Lunatic asylums Punjab 1895-1910 - 1895-1910
Year: 1895
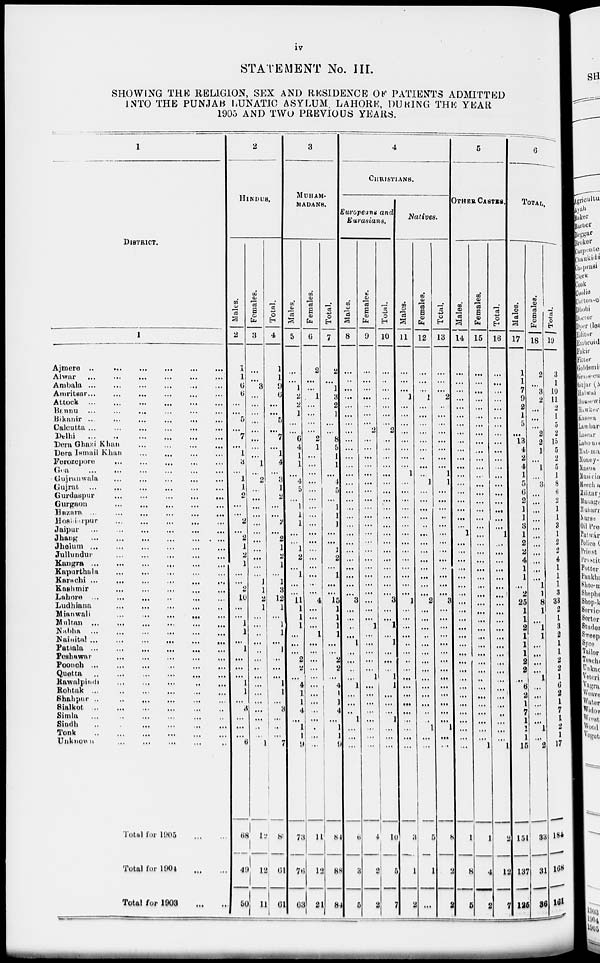
iv
STATEMENT No. III.
SHOWING THE RELIGION, SEX AND RESIDENCE OF PATIENTS ADMITTED
INTO THE PUNJAB LUNATIC ASYLUM, LAHORE, DURING THE YEAR
1905 AND TWO PREVIOUS YEARS.
1
DISTRICT.
1
Ajmere
...
...
...
...
...
...
Alwar
...
...
...
...
...
...
Ambala
...
...
...
...
...
...
Amritsar ... ... ... ... ... ...
Attock
...
...
...
...
...
...
Bannu
...
...
...
...
...
...
Bikanir
...
...
...
...
...
...
Calcutta
...
...
...
...
...
...
Delhi
...
...
...
...
...
...
Dera Ghazi Khan
...
...
...
...
Dera Ismail Khan
...
...
...
...
Ferozepore
...
...
...
...
...
Goa
...
...
...
...
...
...
Gujranwala
...
...
...
...
...
...
Gujrat
...
...
...
...
...
...
Gurdaspur
...
...
...
...
...
...
Gurgaon
...
...
...
...
...
...
Hazara
...
...
...
...
...
...
Hoshiarpur ... ... ... ... ... ...
Jaipur
...
...
...
...
...
...
Jhang
...
...
...
...
...
...
Jhelum
...
...
...
...
...
...
Jullundur
...
...
...
...
...
...
Kangra
...
...
...
...
...
...
Kapurthala
...
...
...
...
...
...
Karachi
...
...
...
...
...
...
Kashmir
...
...
...
...
...
...
Lahore
...
...
...
...
...
...
Ludhiana
...
...
...
...
...
...
Mian wali
...
...
...
...
...
...
Multan
...
...
...
...
...
...
Nabha
...
...
...
...
...
...
Nainital ... ... ... ... ... ...
Patiala
...
...
...
...
...
...
Peshawar
...
...
...
...
...
...
Poonch
...
...
...
...
...
...
Quetta
...
...
...
...
...
...
Rawalpindi
...
...
...
...
...
...
Rohtak
...
...
...
...
...
...
Shahpur
...
...
...
...
...
...
Sialkot
...
...
...
...
...
...
Simla
...
...
...
...
...
...
Sindh
...
...
...
...
...
...
Tonk
...
...
...
...
...
...
Unknown
...
...
...
...
...
...
Total for 1005
...
...
Total for 1004
...
...
Total for 1903 ... ...
2
HINDUS.
Males.
2
1
1
6
6
...
...
5
...
7
...
1
3
...
1
1
2
...
...
2
...
2
1
2
1
...
...
2
10
...
...
1
1
...
1
...
...
...
1
1
...
3
...
...
...
6
68
49
50
Females.
3
...
...
3
...
...
...
...
...
...
...
...
1
...
2
...
...
...
...
...
...
...
...
...
...
...
1
1
2
1
...
...
...
...
...
...
...
...
...
...
...
...
...
...
...
1
12
12
11
Total.
4
1
1
9
6
...
...
5
...
7
...
1
4
...
3
1
2
...
...
2
...
2
1
2
1
...
1
3
12
1
...
1
1
...
1
...
...
...
1
1
...
3
...
...
...
7
80
61
61
3
MUHAM-
MADANS.
Males.
5
...
...
1
2
2
1
...
...
6
4
1
1
...
4
5
...
1
1
1
...
...
1
2
...
1
...
...
11
1
1
1
...
...
...
2
2
...
4
1
1
4
...
1
1
9
73
76
63
Females.
6
2
...
...
1
...
...
...
...
2
1
...
...
...
...
...
...
...
...
...
...
...
...
...
...
...
...
...
4
...
...
...
1
...
...
...
...
...
...
...
...
...
...
1
1
...
11
12
21
Total.
7
2
...
1
3
2
1
...
..
8
5
1
1
...
4
5
...
1
1
1
...
...
1
2
...
1
...
..
15
1
1
1
1
...
...
2
2
...
4
1
1
4
...
1
1
9
84
88
84
4
CHRISTIANS.
Europeans and
Eurasians.
Males.
8
...
...
...
...
...
...
...
...
...
...
...
...
...
...
...
...
...
...
...
...
...
...
...
...
...
...
3
...
...
...
1
...
...
...
...
...
1
...
...
...
1
...
...
...
6
3
5
Females.
9
...
...
...
...
...
...
...
2
...
...
...
...
...
...
...
...
...
...
...
...
...
...
...
...
...
...
...
...
...
...
1
...
...
...
...
...
1
...
...
...
...
...
...
...
...
4
2
2
Total.
10
...
...
...
...
...
...
...
2
...
...
...
...
...
...
...
...
...
...
...
...
...
...
...
...
...
...
...
3
...
...
1
...
1
...
...
...
1
1
...
...
...
1
...
...
...
10
5
7
Natives.
Males.
11
...
...
...
1
...
...
...
...
...
...
...
...
1
...
...
...
...
...
...
...
...
...
...
...
...
...
...
1
...
...
...
...
...
...
...
...
...
...
...
...
...
...
...
...
...
3
1
2
Females.
12
...
...
...
1
...
...
...
...
...
...
...
...
...
1
...
...
...
...
..
...
...
...
...
...
...
...
...
2
...
...
...
...
...
...
...
...
...
...
...
...
...
...
1
...
...
5
1
...
Total.
13
...
...
...
2
..
...
...
...
...
...
...
...
1
1
...
...
...
..
...
...
...
...
...
...
...
...
...
3
...
...
...
...
...
...
...
...
...
...
...
...
...
...
1
...
...
8
2
2
5
OTHER CASTES.
Males.
14
...
...
...
...
...
...
...
...
...
...
...
...
...
...
...
...
...
...
...
1
...
...
...
...
...
...
...
...
...
...
...
...
...
...
...
...
...
...
...
...
...
...
1
...
...
1
8
5
Females.
15
...
...
...
...
...
...
...
...
...
...
...
...
...
...
...
...
...
...
...
...
...
...
...
...
...
...
...
...
...
...
...
...
...
...
...
...
..
...
...
...
...
...
...
...
1
1
4
2
Total.
16
...
...
...
...
...
...
...
...
...
...
...
...
...
...
...
...
...
...
...
1
...
...
...
...
...
...
...
...
...
...
...
...
...
...
...
...
...
...
...
...
...
...
...
...
1
2
12
7
6
TOTAL.
Males.
17
1
1
7
9
2
1
5
...
13
4
2
4
1
5
6
2
1
]
3
1
2
2
4
1
1
...
2
25
1
1
2
1
1
1
9
2
...
6
2
1
1
1
1
1
15
151
137
125
Females.
18
2
...
3
2
...
...
...
2
2
1
...
1
...
3
...
...
...
...
...
...
...
...
......
...
...
1
1
8
1
...
1
1
...
...
...
...
1
...
...
...
...
...
1
...
2
23
31
36
Total.
19
3
1
10
11
2
1
5
2
15
5
2
5
1
8
6
2
1
1
3
1
2
2
4
1
1
1
3
33
2
1
3
2
1
1
2
2
1
6
2
1
7
1
2 1
17
184
168
161